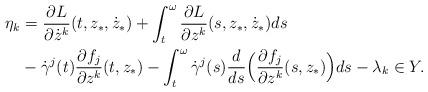
LaTeX: \begin{align*}\eta_k&=\frac{\partial L}{\partial \dot z^k}(t,z_*,\dot z_*)+\int_t^{\omega}\frac{\partial L}{\partial z^k}(s,z_*,\dot z_*)ds\\&-\dot\gamma^j(t)\frac{\partial f_j}{\partial z^k}(t,z_*)-\int_t^\omega\dot\gamma^j(s)\frac{d}{ds}\Big(\frac{\partial f_j}{\partial z^k}(s,z_*)\Big)ds-\lambda_k\in Y.\end{align*}